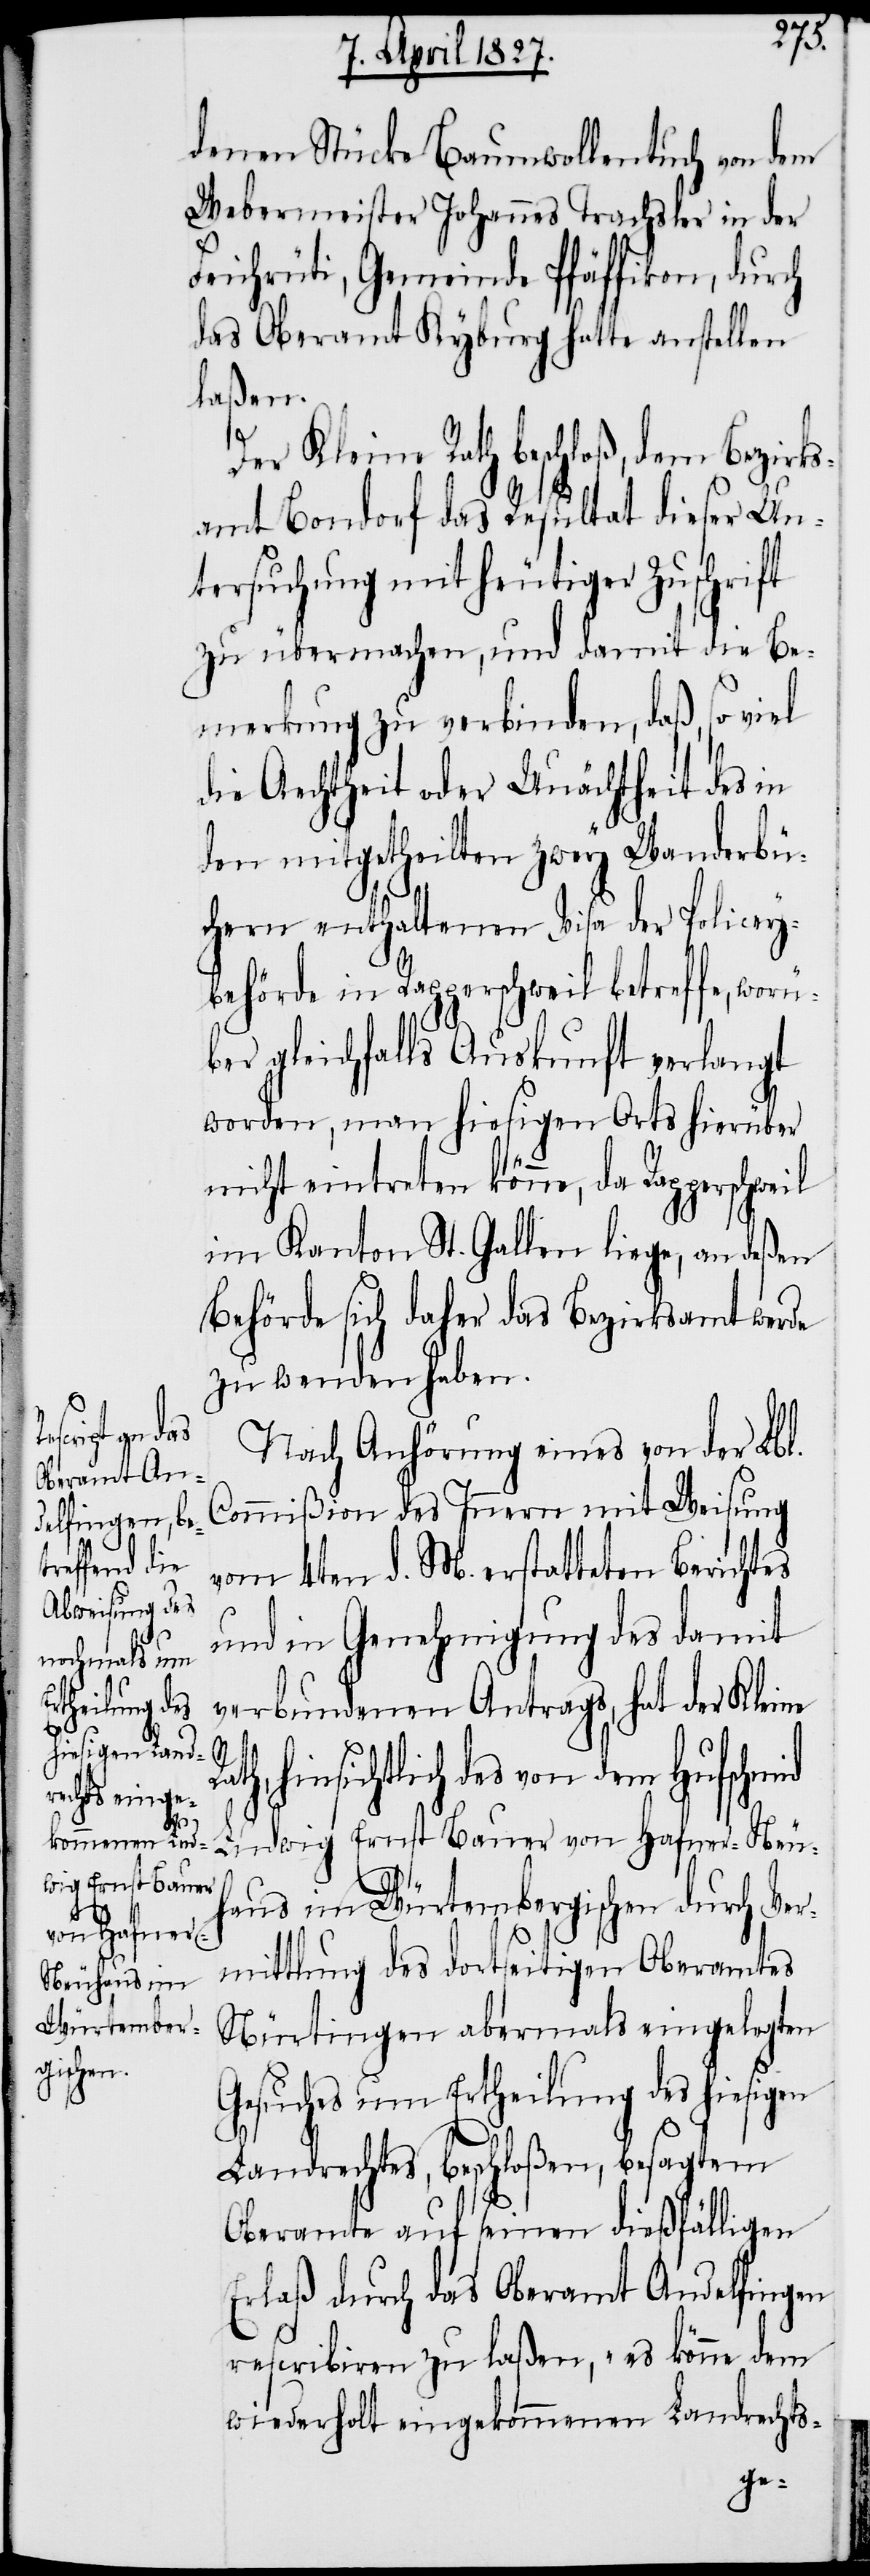
denen Stücke Baumwollentuch von dem
Webermeister Johannes Trachsler in der
Feichrüti, Gemeinde Pfäffikon, durch
das Oberamt Kyburg hatte anstellen
laßen.
Der Kleine Rath beschloß, dem Bezirks¬
amt Bondorf das Resultat dieser Un¬
tersuchung mit heutiger Zuschrift
zu übermachen, und damit die Be¬
merkung zu verbinden, daß, so viel
die Aechtheit oder Unächtheit des in
den mitgetheilten zwey Wanderbü¬
chern enthaltenen Visa der Policey¬
behörde in Rapperschweil betreffe, worü¬
ber gleichfalls Auskunft verlangt
worden, man hiesigen Orts hierüber
nicht eintreten könne, da Rapperschweil
im Kanton St. Gallen liege, an deßen
Behörde sich daher das Bezirksamt werde
zu wenden haben.
Nach Anhörung eines von der Lbl.
Commißion des Innern mit Weisung
vom 4ten d. M. erstatteten Berichtes
und in Genehmigung des damit
verbundenen Antrags, hat der Kleine
hinsichtlich des von dem Hufschmid
Ludwig Ernst Bauer von Hafner-Neu¬
haus im Würtembergischen durch Ver¬
mittlung des dortseitigen Oberamtes
Nürtingen abermals eingelegten
Gesuches um Ertheilung des hiesigen
Landrechtes, beschloßen, besagtem
Oberamte auf seinen dießfälligen
Erlaß durch das Oberamt Andelfingen
rescribiren zu laßen, „es könne dem
wiederholt eingekommenen Landrechts-